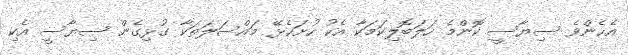
އެހެންވެ ސިޔާސީ ކޮންމެ ހަލަބޮލިކަމަކާ އެކު ހުށަހެޅޭ މައްސަލަތަކާ ގުޅިގެން ސިޔާސީ އެކި